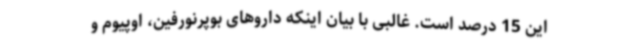
این 15 درصد است. غالبی با بیان اینکه داروهای بوپرنورفین، اوپیوم و